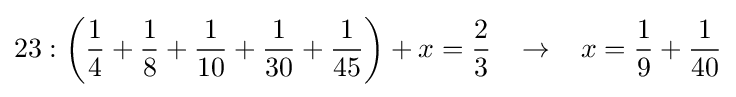
23:{\bigg (}{\frac {1}{4}}+{\frac {1}{8}}+{\frac {1}{10}}+{\frac {1}{30}}+{\frac {1}{45}}{\bigg )}+x={\frac {2}{3}}\;\;\;\rightarrow \;\;\;x={\frac {1}{9}}+{\frac {1}{40}}